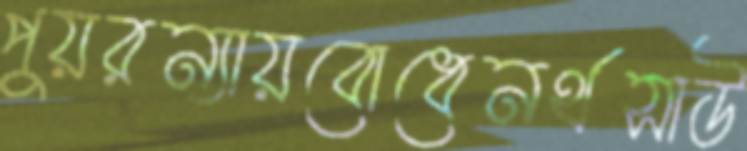
পুয়রন্যায়বোধেনর্থসাউ